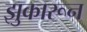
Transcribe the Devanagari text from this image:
झुकारून